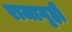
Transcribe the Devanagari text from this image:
राजागृही